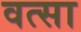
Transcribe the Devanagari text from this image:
वत्सा